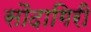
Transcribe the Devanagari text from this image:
सौदागिरी